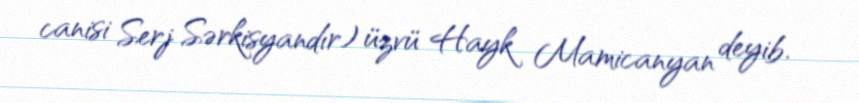
canisi Serj Sərkisyandır) üzvü Hayk Mamicanyan deyib.